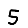
Digit: 5